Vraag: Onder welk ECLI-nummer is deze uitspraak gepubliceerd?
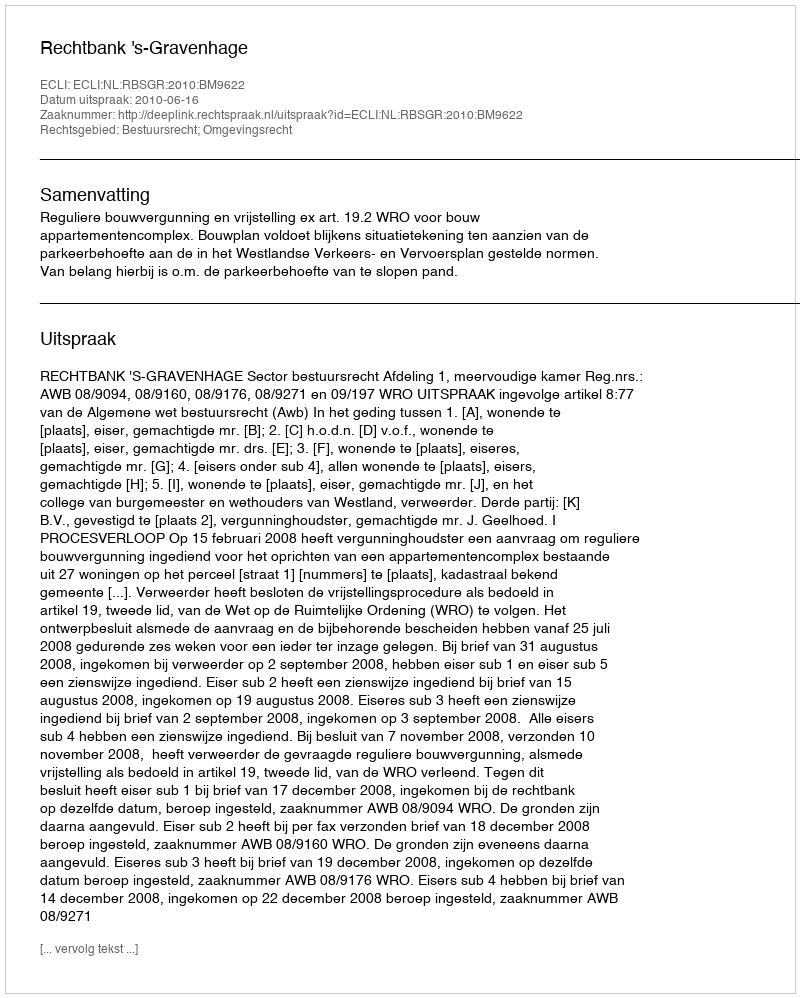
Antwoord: ECLI:NL:RBSGR:2010:BM9622